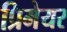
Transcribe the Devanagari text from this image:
प्रिमेयर